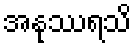
အနုဿရသိ